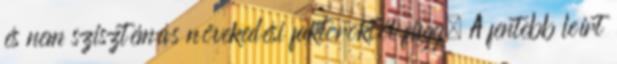
és nem szisztémás növekedési faktoroktól függ. A fentebb leírt